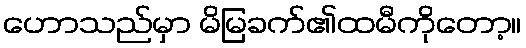
ဟောသည်မှာ မိမြခက်၏ထမီကိုတော့။